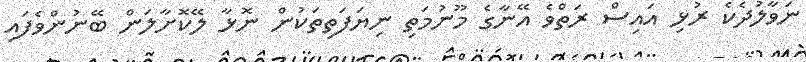
ނަވާލުދެކެ ރުޅި އައިސް ރަތްވެ އޭނާގެ މޫނުމަތި ނިޔަފަތިތަކުން ނޮޅާ ލޭކޮށާލަން ބޭނުންވެފައި